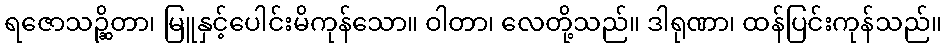
ရဇောသဉ္ဆိတာ၊ မြူနှင့်ပေါင်းမိကုန်သော။ ဝါတာ၊ လေတို့သည်။ ဒါရုဏာ၊ ထန်ပြင်းကုန်သည်။